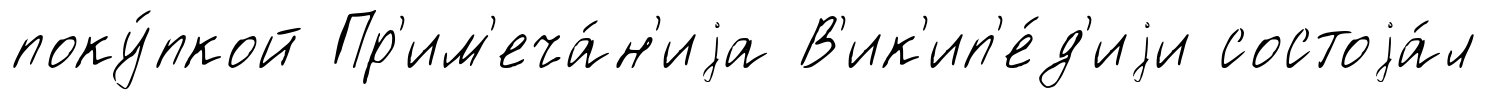
поку́пкой Пр'им'еча́н'иjа В'ик'ип'е́д'иjи состоjа́л